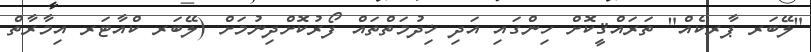
"ލޭބަރ ޕާރކެއް" ތަރައްޤީކޮށް ހިންގައި އަދި ޚިދުމަތްތައް ފޯރުކޮށްދިނުމަށް (ލޭބަރ ކްއާޓަރ އިމާރާތް